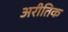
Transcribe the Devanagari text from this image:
अरीतिक